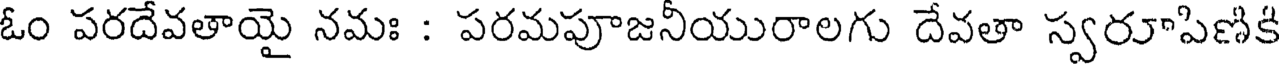
ఓం పరదేవతాయై నమః : పరమపూజనీయురాలగు దేవతా స్వరూపిణికి